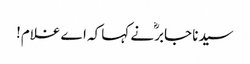
سیدنا جابرؓ نے کہا کہ اے غلام!